Annual statistical returns and brief notes on vaccination in Bengal - 1896-1909
Year: 1896
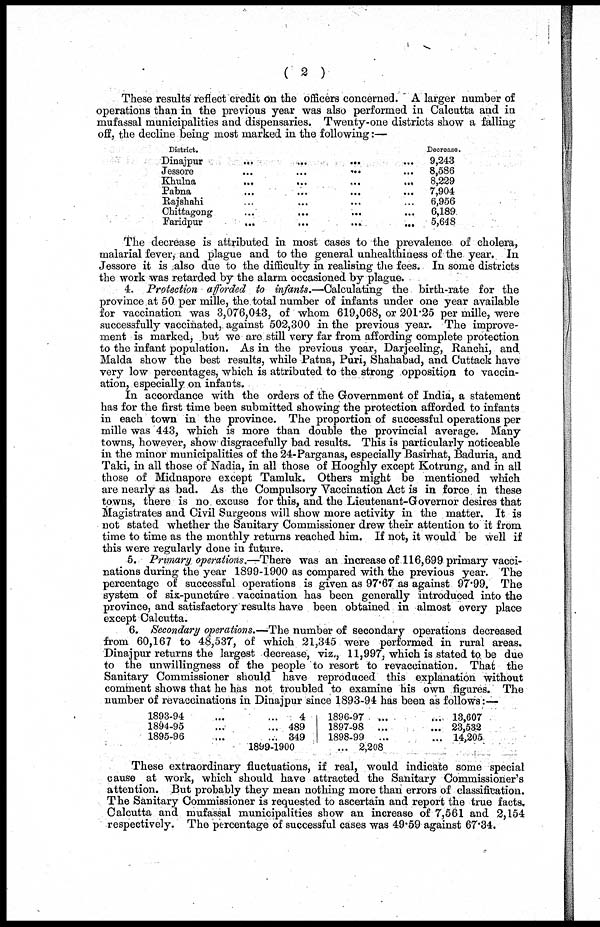
( 2 )
These results reflect credit on the officers concerned. A larger number of
operations than in the previous year was also performed in Calcutta and in
mufassal municipalities and dispensaries. Twenty-one districts show a falling
off, the decline being most marked in the following:—
District.
Dinajpur
...
...
...
...
Jessore
...
...
...
Khulna
...
...
...
...
Pabna
...
...
...
...
Rajshahi ... ... ... ...
Chittagong ... ... ... ...
Faridpur
...
...
...
...
Decrease.
9,243
8,586
8,229
7,904
6,956
6,189
5,648
The decrease is attributed in most cases to the prevalence of cholera,
malarial fever, and plague and to the general unhealthiness of the year. In
Jessore it is also due to the difficulty in realising the fees. In some districts
the work was retarded by the alarm occasioned by plague.
4. Protection afforded to infants.—Calculating the birth-rate for the
province at 50 per mille, the total number of infants under one year available
for vaccination was 3,076,043, of whom 619,068, or 201.25 per mille, were
successfully vaccinated, against 502,300 in the previous year. The improve-
ment is marked, but we are still very far from affording complete protection
to the infant population. As in the previous year, Darjeeling, Ranchi, and
Malda show the best results, while Patna, Puri, Shahabad, and Cuttack have
very low percentages, which is attributed to the strong opposition to vaccin-
ation, especially on infants.
In accordance with the orders of the Government of India, a statement
has for the first time been submitted showing the protection afforded to infants
in each town in the province. The proportion of successful operations per
mille was 443, which is more than double the provincial average. Many
towns, however, show disgracefully bad results. This is particularly noticeable
in the minor municipalities of the 24-Parganas, especially Basirhat, Baduria, and
Taki, in all those of Nadia, in all those of Hooghly except Kotrung, and in all
those of Midnapore except Tamluk. Others might be mentioned which
are nearly as bad. As the Compulsory Vaccination Act is in force in these
towns, there is no excuse for this, and the Lieutenant-Governor desires that
Magistrates and Civil Surgeons will show more activity in the matter. It is
not stated whether the Sanitary Commissioner drew their attention to it from
time to time as the monthly returns reached him. If not, it would be well if
this were regularly done in future.
5. Primary operations.—There was an increase of 116,699 primary vacci-
nations during the year 1899-1900 as compared with the previous year. The
percentage of successful operations is given as 97.67 as against 97.99. The
system of six-puncture vaccination has been generally introduced into the
province, and satisfactory results have been obtained in almost every place
except Calcutta.
6. Secondary operations.—The number of secondary operations decreased
from 60,167 to 48,537, of which 21,345 were performed in rural areas.
Dinajpur returns the largest decrease, viz., 11,997, which is stated to be due
to the unwillingness of the people to resort to revaccination. That the
Sanitary Commissioner should have reproduced this explanation without
comment shows that he has not troubled to examine his own figures. The
number of revaccinations in Dinajpur since 1893-94 has been as follows:—
1893-94 ... ...
1894-95 ... ...
1895-96 ... ...
4
489
349
1896-97 ... ...
1897-98 ... ...
1898-99 ... ...
1899-1900 ...
13,607
23,532
14,205
2,208
These extraordinary fluctuations, if real, would indicate some special
cause at work, which should have attracted the Sanitary Commissioner's
attention. But probably they mean nothing more than errors of classification.
The Sanitary Commissioner is requested to ascertain and report the true facts.
Calcutta and mufassal municipalities show an increase of 7,561 and 2,154
respectively. The percentage of successful cases was 49.59 against 67.34.